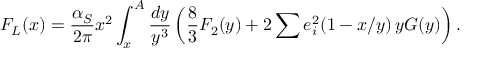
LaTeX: F _ { L } ( x ) = { \frac { \alpha _ { S } } { 2 \pi } } x ^ { 2 } \int _ { x } ^ { A } { \frac { d y } { y ^ { 3 } } } \left( { \frac { 8 } { 3 } } F _ { 2 } ( y ) + 2 \sum e _ { i } ^ { 2 } ( 1 - x / y ) \, y G ( y ) \right) .